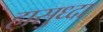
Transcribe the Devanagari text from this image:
हासुध्दा